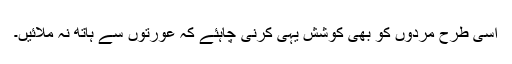
اسی طرح مَردوں کو بھی کوشش یہی کرنی چاہئے کہ عورتوں سے ہاتھ نہ ملائیں۔